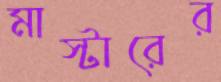
মাস্টারের